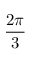
\frac { 2 \pi } { 3 }